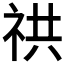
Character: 𥙖